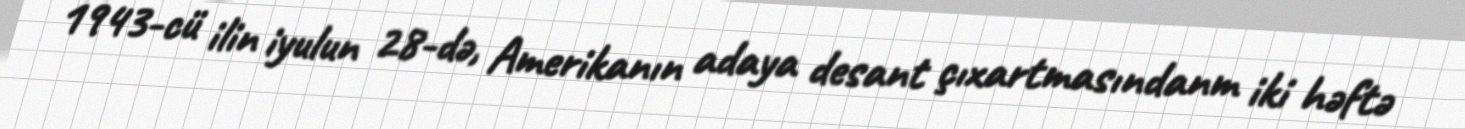
1943-cü ilin iyulun 28-də, Amerikanın adaya desant çıxartmasındanm iki həftə